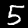
Label: 5